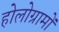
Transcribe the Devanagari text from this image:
होलोग्रामों